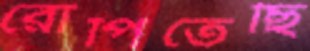
রোপিতেছি